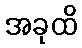
အခုထိ